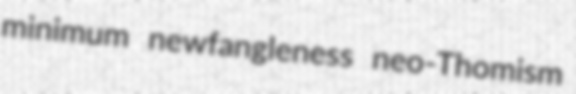
minimum newfangleness neo-Thomism